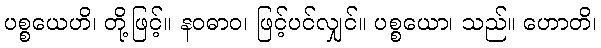
ပစ္စယေဟိ၊ တို့ဖြင့်။ နဝဓာဝ၊ ဖြင့်ပင်လျှင်။ ပစ္စယော၊ သည်။ ဟောတိ၊